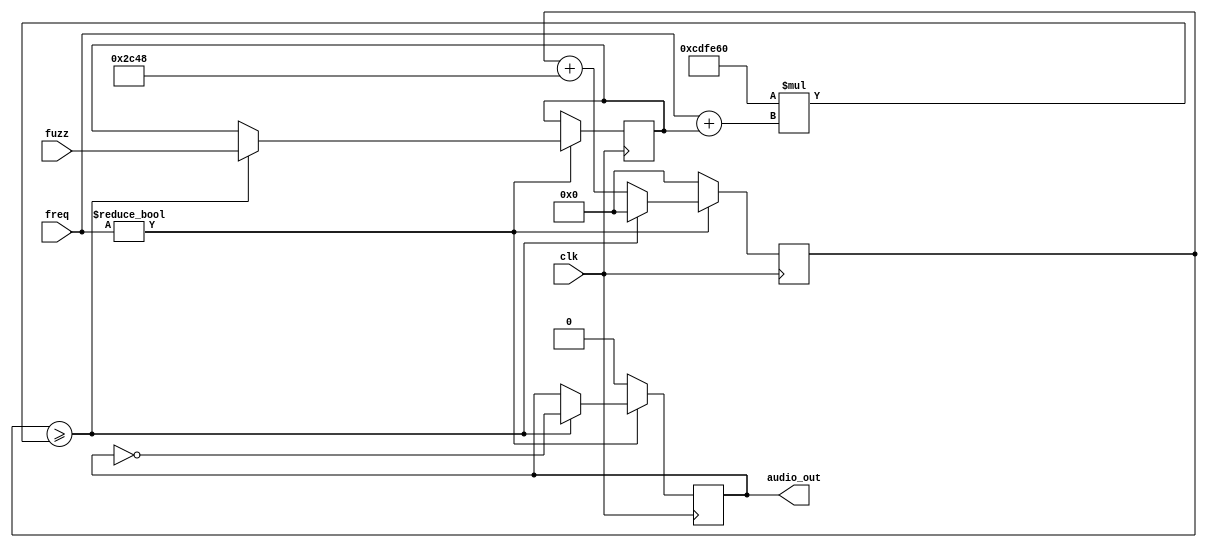
module tone_generator (
  input       clk,
  input [8:0] freq,
  input [7:0] fuzz,
  output      audio_out
);

  parameter CLK_HZ = 27000000;

  reg [32:0]  count;
  reg         tone;
  reg [7:0]   fuzz_reg;
  wire [32:0] limit = ((CLK_HZ / 2) * (freq + fuzz_reg));
   
  always @(posedge clk) begin
    if (freq != 0) begin
      if (count >= limit)  begin
        count <= 0;
        tone  <= !tone;
        fuzz_reg <= fuzz;
      end else begin
        count <= count + 11336;
      end
    end else begin
      count <= 0;
      tone <= 1'b0;
    end
  end

  assign audio_out = tone;

endmodule